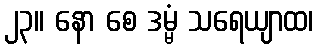
၂၃။ နော စေ ဒမ္မံ သရေယျာထ၊